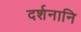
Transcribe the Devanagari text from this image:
दर्शनानि